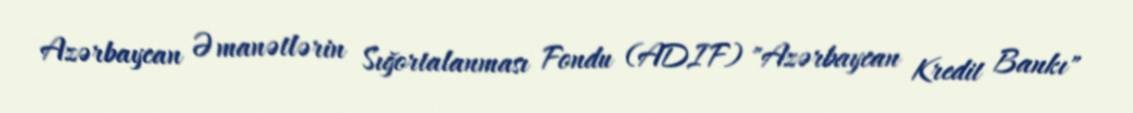
Azərbaycan Əmanətlərin Sığortalanması Fondu (ADIF) "Azərbaycan Kredit Bankı"